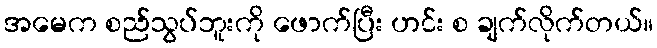
အမေက စည်သွပ်ဘူးကို ဖောက်ပြီး ဟင်း စ ချက်လိုက်တယ်။